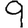
Digit: 9